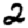
Digit: 2